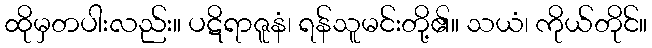
ထိုမှတပါးလည်း။ ပဋိရာဇူနံ၊ ရန်သူမင်းတို့၏။ သယံ၊ ကိုယ်တိုင်။